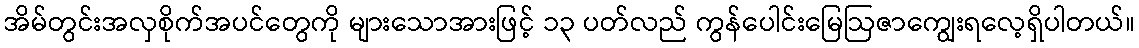
အိမ်တွင်းအလှစိုက်အပင်တွေကို များသောအားဖြင့် ၁၃ ပတ်လည် ကွန်ပေါင်းမြေဩဇာကျွေးရလေ့ရှိပါတယ်။